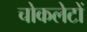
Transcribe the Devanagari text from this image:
चोकलेटों